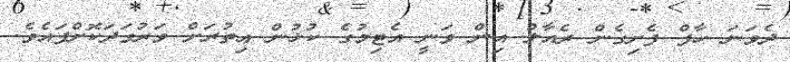
ދެވަނަ ހާފް ފެށިގެން ރެއާލް އިން ވަނީ އެޓިމުގެ ކުޅުން އިތުރަށް ވަރުގަދަކޮށްފައެވެ.